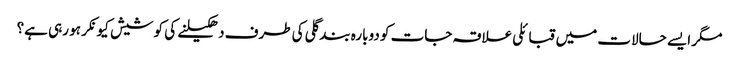
مگر ایسے حالات میں قبائلی علاقہ جات کو دوبارہ بند گلی کی طرف دھکیلنے کی کوشیش کیونکر ہو رہی ہے؟